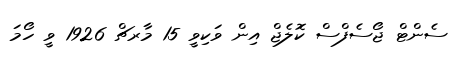
ސެންޓް ޖޯސެފްސް ކޮލެޖް އިން ވަކިވީ 15 މާރޗް 1926 ވީ ހޯމަ